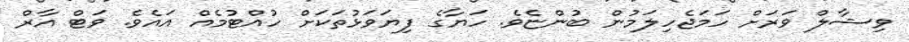
ވިޝާލް ވަރަށް ހަމަޖެހިލަމުން ބުންޏެވެ. ހަޔާގެ ފިޔަވަޅުތަކަށް ހުއްޓުމެއް އައެވެ. ވަޓް އާރް